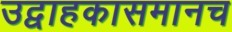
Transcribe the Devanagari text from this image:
उद्वाहकासमानच